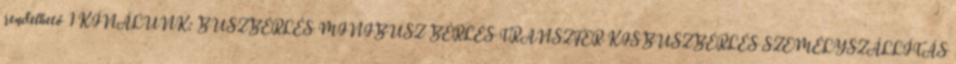
rendelhető 1 KÍNÁLUNK: BUSZBÉRLÉS MINIBUSZ BÉRLÉS TRANSZFER KISBUSZBÉRLÉS SZEMÉLYSZÁLLÍTÁS